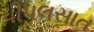
પીપલસાત